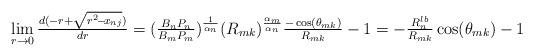
LaTeX: \begin{align*}\begin{array}{l}\lim\limits_{r\rightarrow 0}\frac{d(-r+\sqrt{r^2\!-\!x_{nj}})}{dr}=(\frac{B_nP_n}{B_mP_m})^{\frac{1}{\alpha_n}}(R_{mk})^{\frac{\alpha_m}{\alpha_n}}\frac{-\cos(\theta_{mk})}{R_{mk}}-1=-\frac{R_n^{lb}}{R_{mk}}\cos(\theta_{mk})-1\end{array}\end{align*}